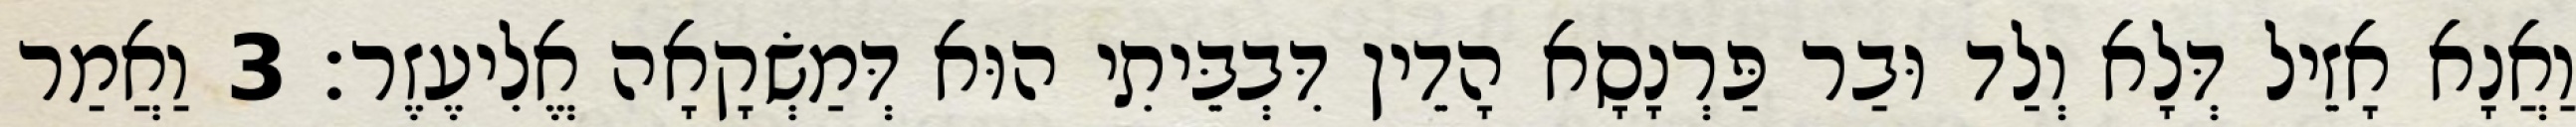
וַאֲנָא אָזֵיל דְּלָא וְלַד וּבַר פַּרְנָסָא הָדֵין דִּבְבֵּיתִי הוּא דְּמַשְׂקָאָה אֱלִיעֶזֶר׃ 3 וַאֲמַר